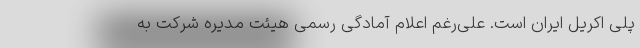
پلی اکریل ایران است. علی‌رغم اعلام آمادگی رسمی هیئت مدیره شرکت به